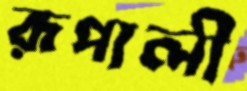
রূপালী